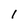
Character: 1